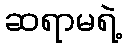
ဆရာမရဲ့